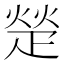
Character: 𬏙